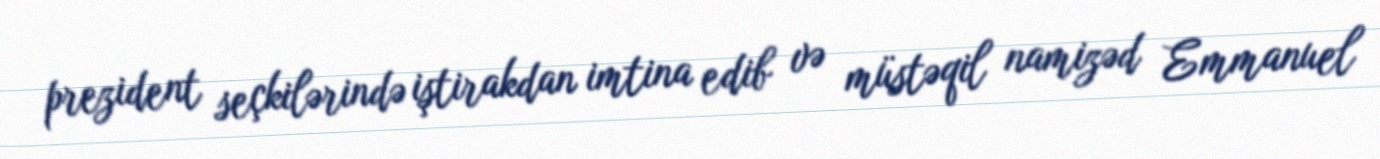
prezident seçkilərində iştirakdan imtina edib və müstəqil namizəd Emmanuel